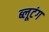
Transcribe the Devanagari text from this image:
ब्लूटंग